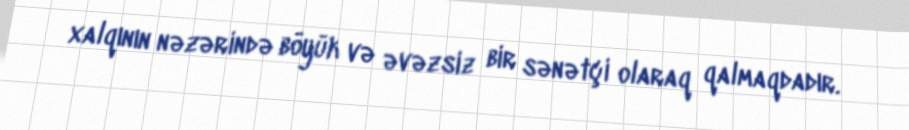
xalqının nəzərində böyük və əvəzsiz bir sənətçi olaraq qalmaqdadır.